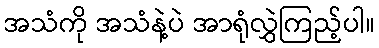
အသံကို အသံနဲ့ပဲ အာရုံလွှဲကြည့်ပါ။